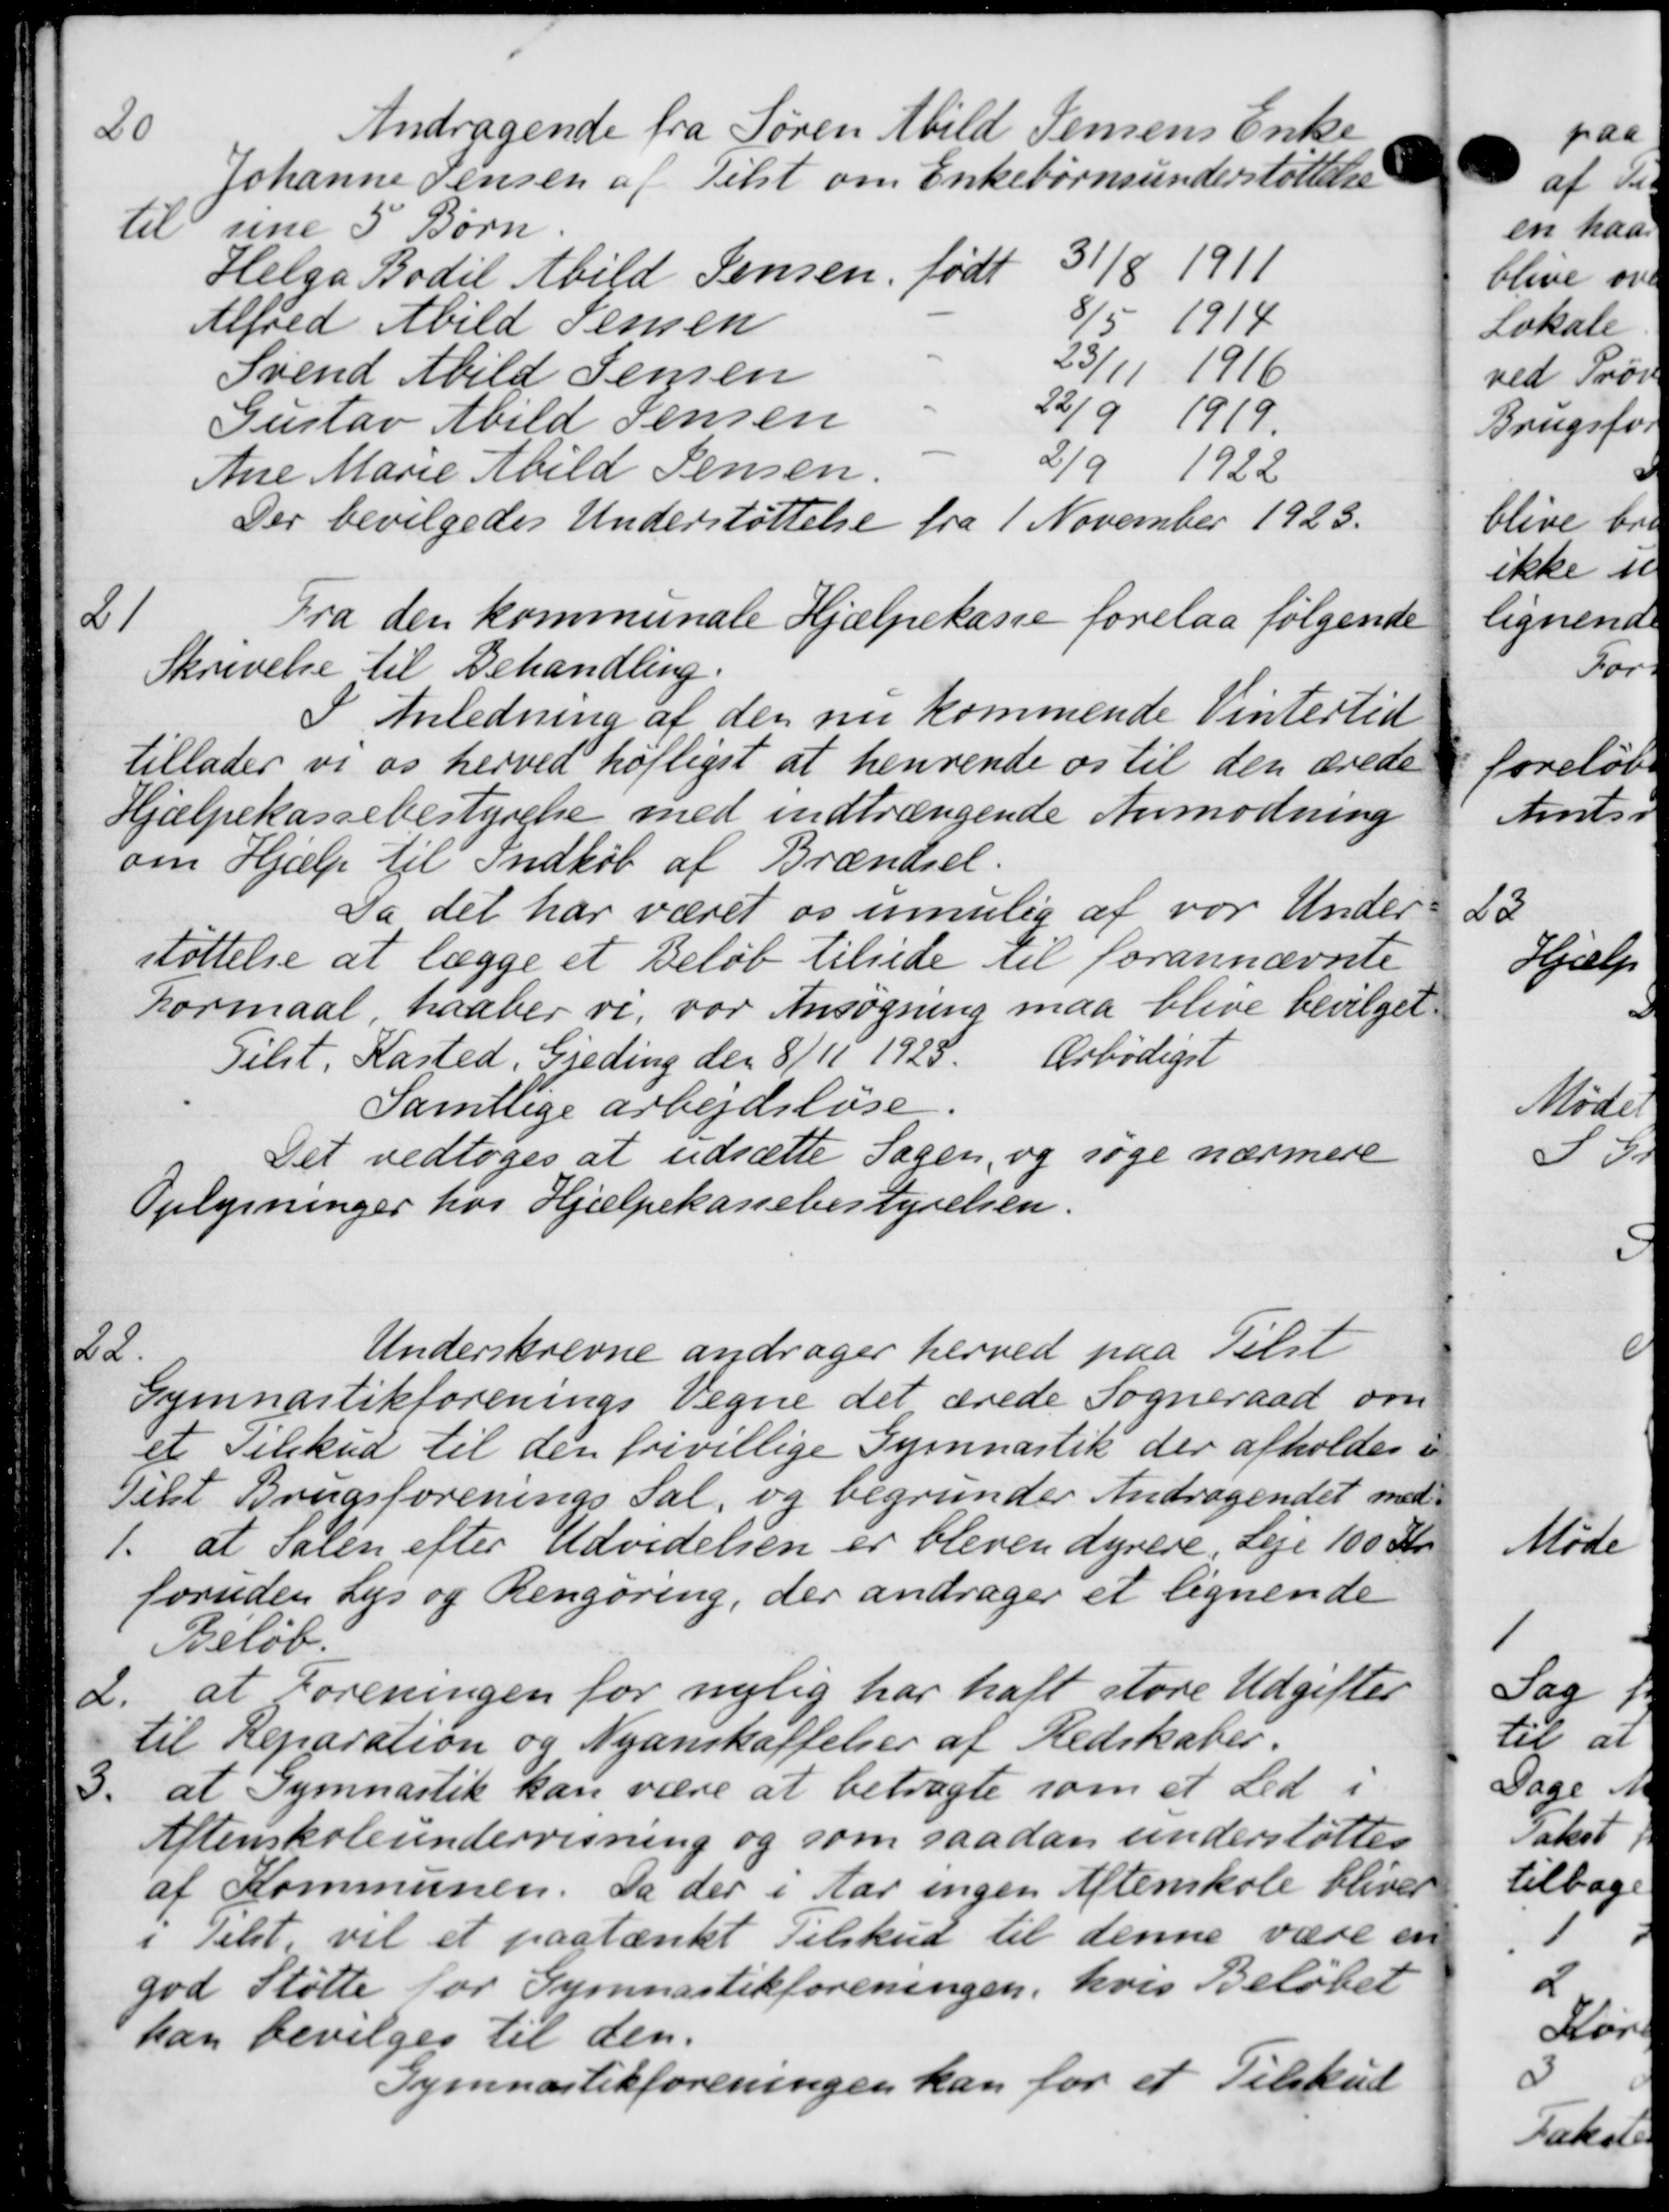
Transskription:
20
Andragende fra Søren Abild Jensens Enke
Johanne Jensen af Tilst om Enkebørnsunderstøttelse
til sine 5 Børn.
Helga Bodil Abild Jensen, født 31/8 1911
Alfred Abild Jensen 8/5 1914
Svend Abild Jensen 23/11 1916
Gustav Abild Jensen 22/9 1919.
Ane Marie Abild Jensen. 2/9 1922
Der bevilgedes Understøttelse
fra 1 November 1923.
2
Fra den kommunale Hjælpekasse forelaa følgende
Skrivelse til Behandling.
I Anledning af den nu kommende Vintertid
tillader vi os herved højligst at henvende os til den ærede
Hjælpekassebestyrelse med indtrængende Anmodning
om Hjælp til Indkøb af Brændsel.
Da det har været os umulig af vor Under
støttelse at lægge et Beløb tilside til forannævnte
Formaal haaber vi, vor Ansøgning maa blive bevilget
Tilst. Kasted, Gjeding den 8/11 1928
Ærbødigst
Samtlige arbejdsløse.
Det vedtoges at udsætte Sagen, og søge nærmere
Oplysninger hos Hjælpekassebestyrelsen.
22.
Underskrevne andrager herved paa Tilst
Gymnastikforenings Vegne det ærede Sogneraad om
et Tilskud til den frivillige Gymnastik der afholdes i
Tilst Brugsforenings Sal, og begrunder Andragendet med-
1. at Salen efter Udvidelsen er bleven dyrere, Leje 100 Kr.
foruden Lys og Rengøring, der andrager et lignende
Beløb.
2.
at Foreningen for nylig har haft store Udgifter
til Reparation og Nyanskaffelser af Redskaber.
3.
at Gymnastik kan være at betragte som et Led i
Aftenskoleundervisning og som saadan understøttes
af Kommunen. Da der i Aar ingen Aftenskole bliver
i Telst, vil et paatænkt Tilskud til denne være en
god Støtte for Gymnastikforeningen, hvis Beløbet
han bevilges til den.
Gymnastikforeningen kan for et Tilskud